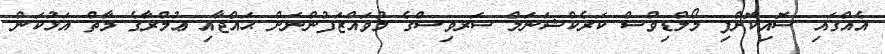
އެއްގައި ސޮއިކޮށްފި މޯލްޑިވްސް ކަރެކްޝަނަލް ސަރވިސްގެ މުވައްޒަފުންނަށް ޙައްޖާއި ޢުމްރާގެ މާތް އަޅުކަން